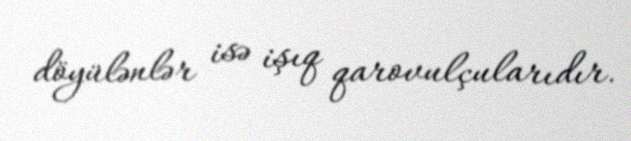
döyülənlər isə işıq qarovulçularıdır.